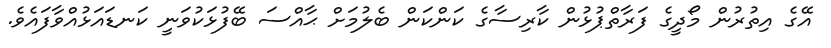
އޭގެ އިތުރުން މޯދީގެ ފަރާތްޕުޅުން ކާރިސާގެ ކަންކަން ބެލުމަށް ޙާއްސަ ބޭފުޅަކުވަނީ ކަނޑައަޅުއްވާފައެވެ.